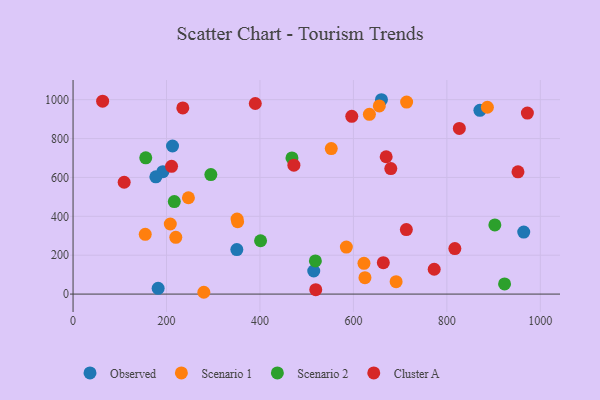
{"axis": {"x": "Investment", "y": "Fuel Efficiency"}, "legend": ["Cluster A", "Observed", "Scenario 1", "Scenario 2"], "data": [{"x": "212.9", "y": 761.6, "type": "Observed"}, {"x": "515.1", "y": 118.8, "type": "Observed"}, {"x": "350.5", "y": 229.0, "type": "Observed"}, {"x": "182.1", "y": 29.8, "type": "Observed"}, {"x": "192.2", "y": 629.6, "type": "Observed"}, {"x": "177.2", "y": 603.2, "type": "Observed"}, {"x": "964.5", "y": 318.9, "type": "Observed"}, {"x": "870.7", "y": 945.0, "type": "Observed"}, {"x": "660.0", "y": 999.7, "type": "Observed"}, {"x": "154.5", "y": 307.2, "type": "Scenario 1"}, {"x": "279.9", "y": 9.3, "type": "Scenario 1"}, {"x": "351.0", "y": 386.0, "type": "Scenario 1"}, {"x": "634.2", "y": 924.7, "type": "Scenario 1"}, {"x": "624.7", "y": 84.3, "type": "Scenario 1"}, {"x": "622.6", "y": 158.0, "type": "Scenario 1"}, {"x": "713.9", "y": 987.7, "type": "Scenario 1"}, {"x": "691.4", "y": 63.7, "type": "Scenario 1"}, {"x": "208.1", "y": 360.6, "type": "Scenario 1"}, {"x": "552.6", "y": 748.4, "type": "Scenario 1"}, {"x": "584.9", "y": 241.7, "type": "Scenario 1"}, {"x": "886.7", "y": 961.0, "type": "Scenario 1"}, {"x": "352.2", "y": 372.1, "type": "Scenario 1"}, {"x": "219.9", "y": 292.1, "type": "Scenario 1"}, {"x": "655.4", "y": 967.9, "type": "Scenario 1"}, {"x": "246.9", "y": 495.5, "type": "Scenario 1"}, {"x": "902.7", "y": 355.8, "type": "Scenario 2"}, {"x": "294.9", "y": 614.5, "type": "Scenario 2"}, {"x": "518.6", "y": 170.4, "type": "Scenario 2"}, {"x": "401.3", "y": 274.3, "type": "Scenario 2"}, {"x": "923.5", "y": 52.3, "type": "Scenario 2"}, {"x": "468.5", "y": 700.4, "type": "Scenario 2"}, {"x": "155.6", "y": 701.0, "type": "Scenario 2"}, {"x": "216.7", "y": 475.8, "type": "Scenario 2"}, {"x": "519.4", "y": 22.7, "type": "Cluster A"}, {"x": "772.9", "y": 127.8, "type": "Cluster A"}, {"x": "109.4", "y": 575.3, "type": "Cluster A"}, {"x": "713.3", "y": 331.8, "type": "Cluster A"}, {"x": "596.5", "y": 914.4, "type": "Cluster A"}, {"x": "670.1", "y": 706.5, "type": "Cluster A"}, {"x": "664.0", "y": 161.8, "type": "Cluster A"}, {"x": "972.3", "y": 931.1, "type": "Cluster A"}, {"x": "234.9", "y": 957.4, "type": "Cluster A"}, {"x": "952.2", "y": 628.6, "type": "Cluster A"}, {"x": "390.0", "y": 980.2, "type": "Cluster A"}, {"x": "472.6", "y": 663.0, "type": "Cluster A"}, {"x": "817.1", "y": 234.1, "type": "Cluster A"}, {"x": "680.0", "y": 645.7, "type": "Cluster A"}, {"x": "63.3", "y": 992.0, "type": "Cluster A"}, {"x": "826.7", "y": 852.0, "type": "Cluster A"}, {"x": "210.8", "y": 657.0, "type": "Cluster A"}]}